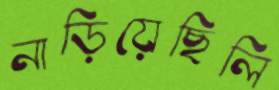
নাড়িয়েছিলি